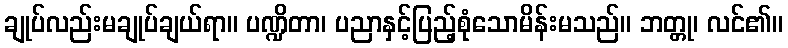
ချုပ်လည်းမချုပ်ချယ်ရာ။ ပဏ္ဍိတာ၊ ပညာနှင့်ပြည့်စုံသောမိန်းမသည်။ ဘတ္တု၊ လင်၏။